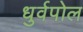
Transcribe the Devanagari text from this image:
धुर्वपोल